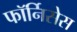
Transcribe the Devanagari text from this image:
फॉर्निसेस